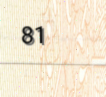
81